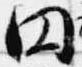
円